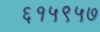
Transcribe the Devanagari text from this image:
६१५९५७